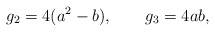
\begin{align*}g_{2} = 4(a^{2}-b) , \qquad g_{3} = 4ab , \end{align*}